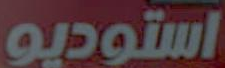
استوديو